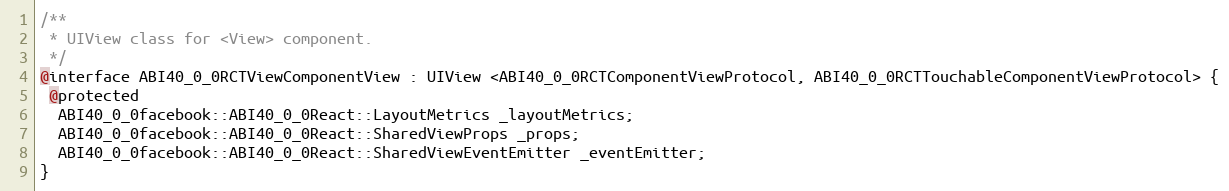
Language: C
/**
 * UIView class for <View> component.
 */
@interface ABI40_0_0RCTViewComponentView : UIView <ABI40_0_0RCTComponentViewProtocol, ABI40_0_0RCTTouchableComponentViewProtocol> {
 @protected
  ABI40_0_0facebook::ABI40_0_0React::LayoutMetrics _layoutMetrics;
  ABI40_0_0facebook::ABI40_0_0React::SharedViewProps _props;
  ABI40_0_0facebook::ABI40_0_0React::SharedViewEventEmitter _eventEmitter;
}